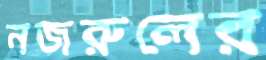
নজরুলের